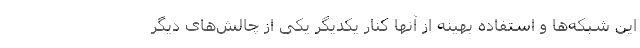
این شبکه‌ها و استفاده بهینه از آنها کنار یکدیگر یکی از چالش‌های دیگر